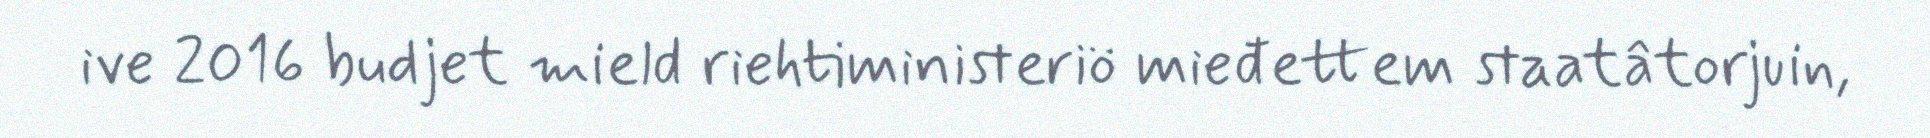
ive 2016 budjet mield riehtiministeriö mieđettem staatâtorjuin,